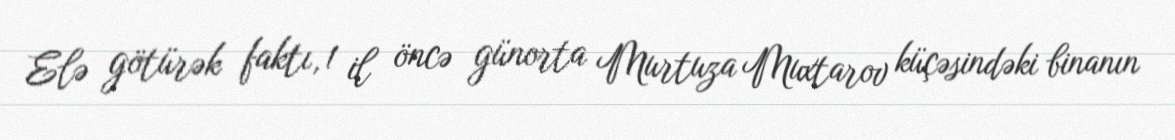
Elə götürək faktı, 1 il öncə günorta Murtuza Muxtarov küçəsindəki binanın